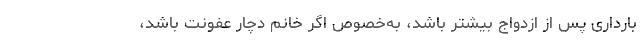
بارداری پس از ازدواج بیشتر باشد، به‌خصوص اگر خانم دچار عفونت باشد،